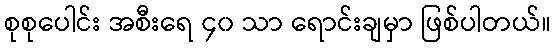
စုစုပေါင်း အစီးရေ ၄၀ သာ ရောင်းချမှာ ဖြစ်ပါတယ်။